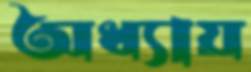
অধ্যায়